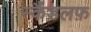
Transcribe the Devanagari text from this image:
स्कैंडलफ़